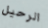
الرحيل